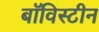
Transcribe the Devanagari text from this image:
बॉविस्टीन